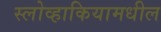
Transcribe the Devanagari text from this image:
स्लोव्हाकियामधील